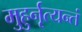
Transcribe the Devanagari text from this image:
मुहुर्नृत्यन्तं